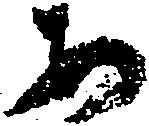
あ